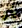
بأن